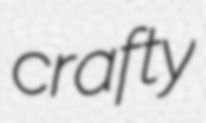
crafty